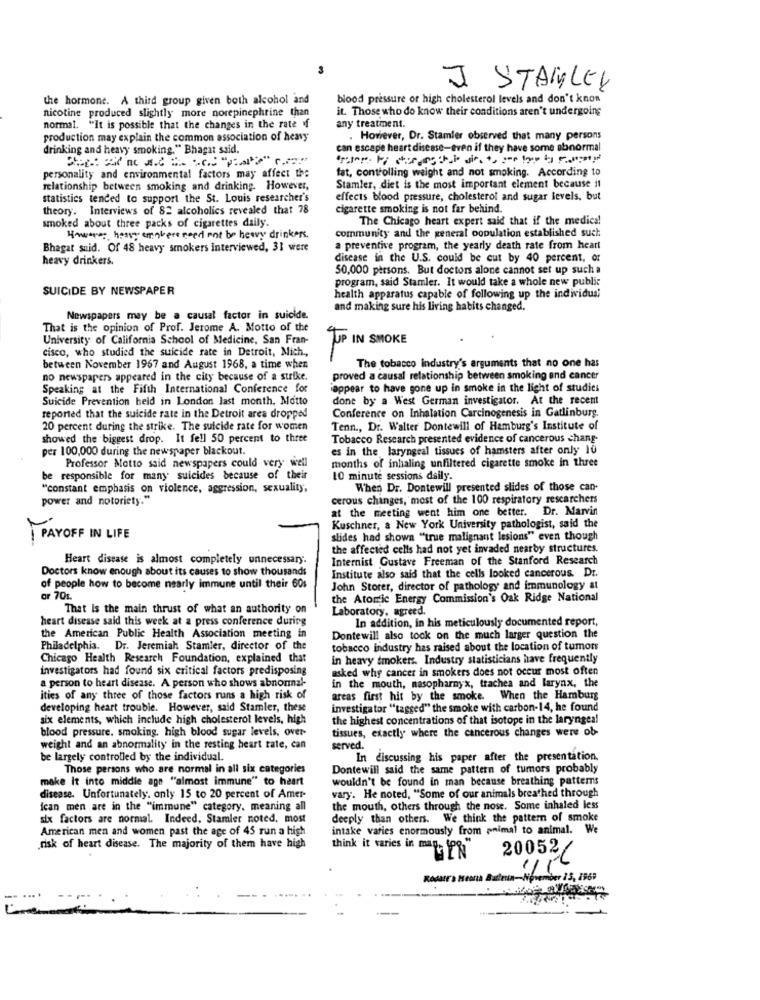
J STANLEY
the hormone. A third group given both alcohol and
blood pressure or high cholesterol levels and don't know
nicotine produced slightly more norepinephrine than
it. Those who do know their conditions aren't undergoing
normal. "It is possible that the changes in the rate f
any treatment.
production may explain the common association of heavy
. However, Dr. Stamler observed that many persons
drinking and heavy smoking." Bhagat said.
can escape heart disease-even if they have some abnormal
fat, controlling weight and not smoking. According to
personality and environmental factors may affect the
relationship between smoking and drinking. However,
Stamler, diet is the most important element because it
statistics tended to support the St. Louis researcher's
effects blood pressure, cholesterol and sugar levels. but
theory. Interviews of 82 alcoholics revealed that 78
cigarette smoking is not far behind.
The Chicago heart expert said that if the medical
smoked about three packs of cigarettes daily.
community and the general oopulation established such
However hose empiece need not be heavy drinkers.
Bhagat suid. Of 48 heavy smokers interviewed, 31 were
a preventive program, the yearly death rate from heart
heavy drinkers.
disease in the U.S. could be cut by 40 percent, or
50,000 persons. But doctors alone cannot set up such a
program, said Stamler. It would take a whole new public
SUICIDE BY NEWSPAPER
health apparatus capable of following up the individual
and making sure his living habits changed.
Newspapers may be a causal factor in suicide.
That is the opinion of Prof. Jerome A. Motto of the
University of California School of Medicine, San Fran-
UP IN SMOKE
cisco, who studied the suicide rate in Detroit, Mich .,
between November 1967 and August 1968, a time when
The tobacco industry's arguments that no one has
no newspapers appeared in the city because of a strike.
proved a causal relationship between smoking and cancer
Speaking at the Fifth International Conference for
appear to have gone up in smoke in the light of studies
Suicide Prevention held in London last month, Motto
done by a West German investigator. At the recent
reported that the suicide rate in the Detroit area dropped
Conference on Inhalation Carcinogenesis in Gatlinburg.
20 percent during the strike. The suicide rate for women
Tenn ., Dr. Walter Dontewill of Hamburg's Institute of
showed the biggest drop. It fell 50 percent to three
Tobacco Research presented evidence of cancerous chang-
per 100,000 during the newspaper blackout.
es in the laryngeal tissues of hamsters after only 10
months of inhaling unfiltered cigarette smoke in three
Professor Motto said newspapers could very well
be responsible for many suicides because of their
10 minute sessions daily.
"constant emphasis on violence, aggression, sexuality,
When Dr. Dontewill presented slides of those can-
power and notoriety."
cerous changes, most of the 100 respiratory researchers
at the meeting went him one better. Dr. Marvin
Kuschner, a New York University pathologist, said the
PAYOFF IN LIFE
slides had shown "true malignant lesions" even though
the affected cells had not yet invaded nearby structures.
Heart disease is almost completely unnecessary.
Internist Gustave Freeman of the Stanford Research
Doctors know enough about its causes to show thousands
Institute also said that the cells looked cancerous. Dr.
of people how to become nearly immune until their 60s
John Storer, director of pathology and immunology at
ar 70s.
the Atomic Energy Commission's Oak Ridge National
That is the main thrust of what an authority on
Laboratory, agreed.
heart disease said this week at a press conference during
In addition, in his meticulously documented report,
the American Public Health Association meeting in
Dontewill also took on the much larger question the
Philadelphia. Dr. Jeremiah Stamler, director of the
tobacco industry has raised about the location of tumors
Chicago Health Research Foundation, explained that
In heavy smokers. Industry statisticians have frequently
investigators had found six critical factors predisposing
asked why cancer in smokers does not occur most often
in the mouth, nasopharnyx, trachea and larynx, the
a person to heart disease. A person who shows abnormal-
ities of any three of those factors runs a high risk of
areas first hit by the smoke. When the Hamburg
developing heart trouble. However, said Stamler, these
investigator ""tagged" the smoke with carbon-14, he found
six elements, which include high cholesterol levels, high
the highest concentrations of that isotope in the laryngeal
blood pressure, smoking, high blood sugar levels, over-
tissues, exactly where the cancerous changes were ob
weight and an abnormality in the resting heart rate, can
served.
be largely controlled by the individual.
In discussing his paper after the presentation.
Those persons who are normal in all six categories
Dontewill said the same pattern of tumors probably
make It into middle age "almost immune" to heart
wouldn't be found in man because breathing patterns
vary. He noted, "Some of our animals breathed through
disease. Unfortunately, only 15 to 20 percent of Amer-
ican men are in the "immune" category, meaning all
the mouth, others through the nose. Some inhaled less
six factors are normal. Indeed, Stamler noted, most
deeply than others. We think the pattern of smoke
American men and women past the age of 45 run a high
intake varies enormously from animal to animal. We
.risk of heart disease. The majority of them have high
think it varies in may- 18
200522
....